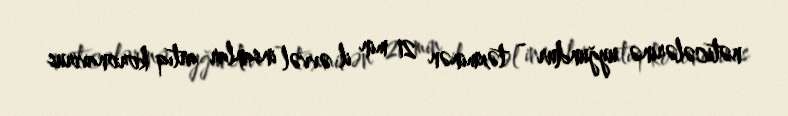
nəticələrinə uyğundur - təxminən 21 min il əvvəl insanlar artıq koronavirus